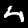
Label: 4